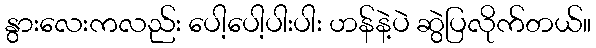
နွားလေးကလည်း ပေါ့ပေါ့ပါးပါး ဟန်နဲ့ပဲ ဆွဲပြလိုက်တယ်။